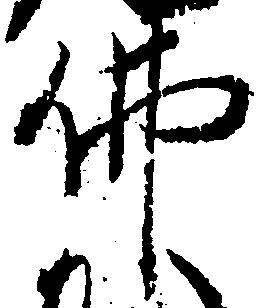
仏